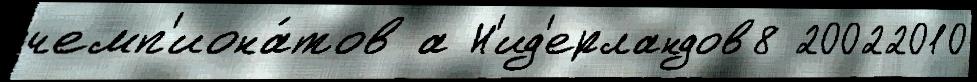
чемп'иона́тов а Н'ид'ерландов8 20022010